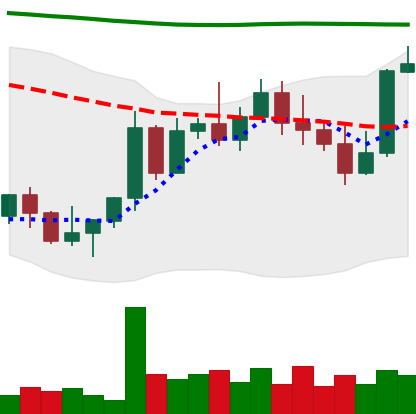
Ticker: NEO-USD
Chart end date: 2022-11-05
Forward return: -20.791%
Label: down_7plus